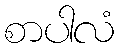
စာပါလံ